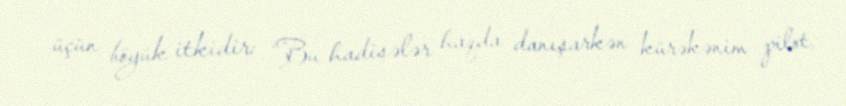
üçün böyük itkidir: “Bu hadisələr haqda danışarkən kürəkənim pilot,